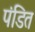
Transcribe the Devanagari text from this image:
पंडित